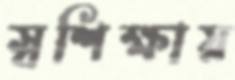
স্বশিক্ষায়